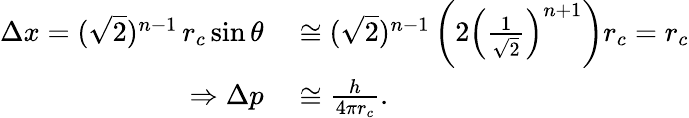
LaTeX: \begin{array}{rl}{\Delta x=(\sqrt{2})^{n-1}\, r_{c}\sin\theta}&{{}\cong(\sqrt{2})^{n-1}\left(2\left(\frac{1}{\sqrt{2}}\right)^{n+1}\right)r_{c}=r_{c}}\\ {\Rightarrow\Delta p}&{{}\cong\frac{h}{4\pi r_{c}}.}\end{array}